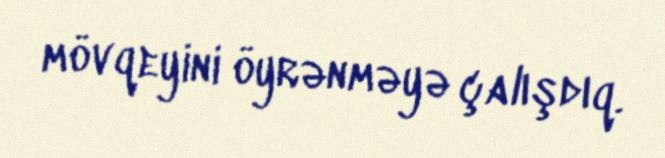
mövqeyini öyrənməyə çalışdıq.